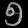
Digit: ၅